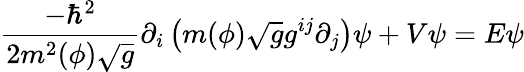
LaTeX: \frac{-\hbar^{2}}{2m^{2}(\phi)\sqrt{g}}\partial_{i}\left(m(\phi)\sqrt{g}g^{ij}\partial_{j}\right)\psi+V\psi=E\psi